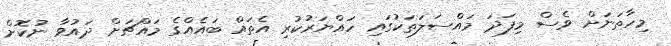
މިހާތަނަށް ވެސް މިފަދަ މައްސަލަތަކުގައި ހައްޔަރުކުރި އެތައް ބައެއްގެ މައްޗަށް ދައުވާ ނުކޮށް